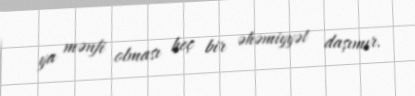
ya mənfi olması heç bir əhəmiyyət daşımır.